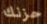
حزنك